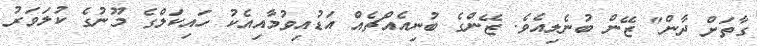
ގާތަށް ދާން" ޒޭން ބުނެލިއެވެ. ޒޭންގެ ބުނިއެއްޗެއް އަޑުއިވުމާއިއެކު ހައިކަލްގެ މޫނުގެ ކުލަވަރު